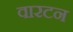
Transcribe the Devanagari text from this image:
वारटन